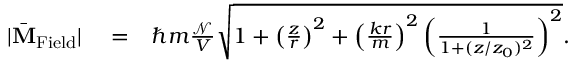
\begin{array} { r l r } { | \bar { \bf M } _ { \mathrm { F i e l d } } | } & { { } = } & { \hbar m \frac { \mathcal N } { V } \sqrt { 1 + \left( \frac { z } { r } \right) ^ { 2 } + \left( \frac { k r } { m } \right) ^ { 2 } \left( \frac { 1 } { 1 + ( z / z _ { 0 } ) ^ { 2 } } \right) ^ { 2 } } . } \end{array}